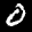
Label: 0